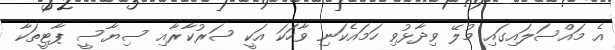
އެ މައްސަލައިގައި މުލޭ ވިދާޅުވި ހަމައެކަނި ވާހަކަ އަކީ ސަރުކާރާއި ސިޔާސީ ޕާޓީތަކާ